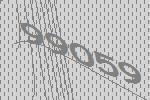
99059